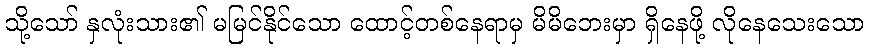
သို့သော် နှလုံးသား၏ မမြင်နိုင်သော ထောင့်တစ်နေရာမှ မိမိဘေးမှာ ရှိနေဖို့ လိုနေသေးသော